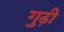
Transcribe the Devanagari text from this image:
गुढ़ी